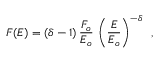
F ( E ) = ( \delta - 1 ) \, \frac { { \cal F } _ { o } } { E _ { o } } \, \left( \frac { E } { E _ { o } } \right) ^ { - \delta } \, \, \, ,